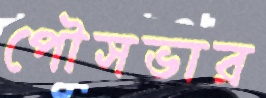
পৌসভার